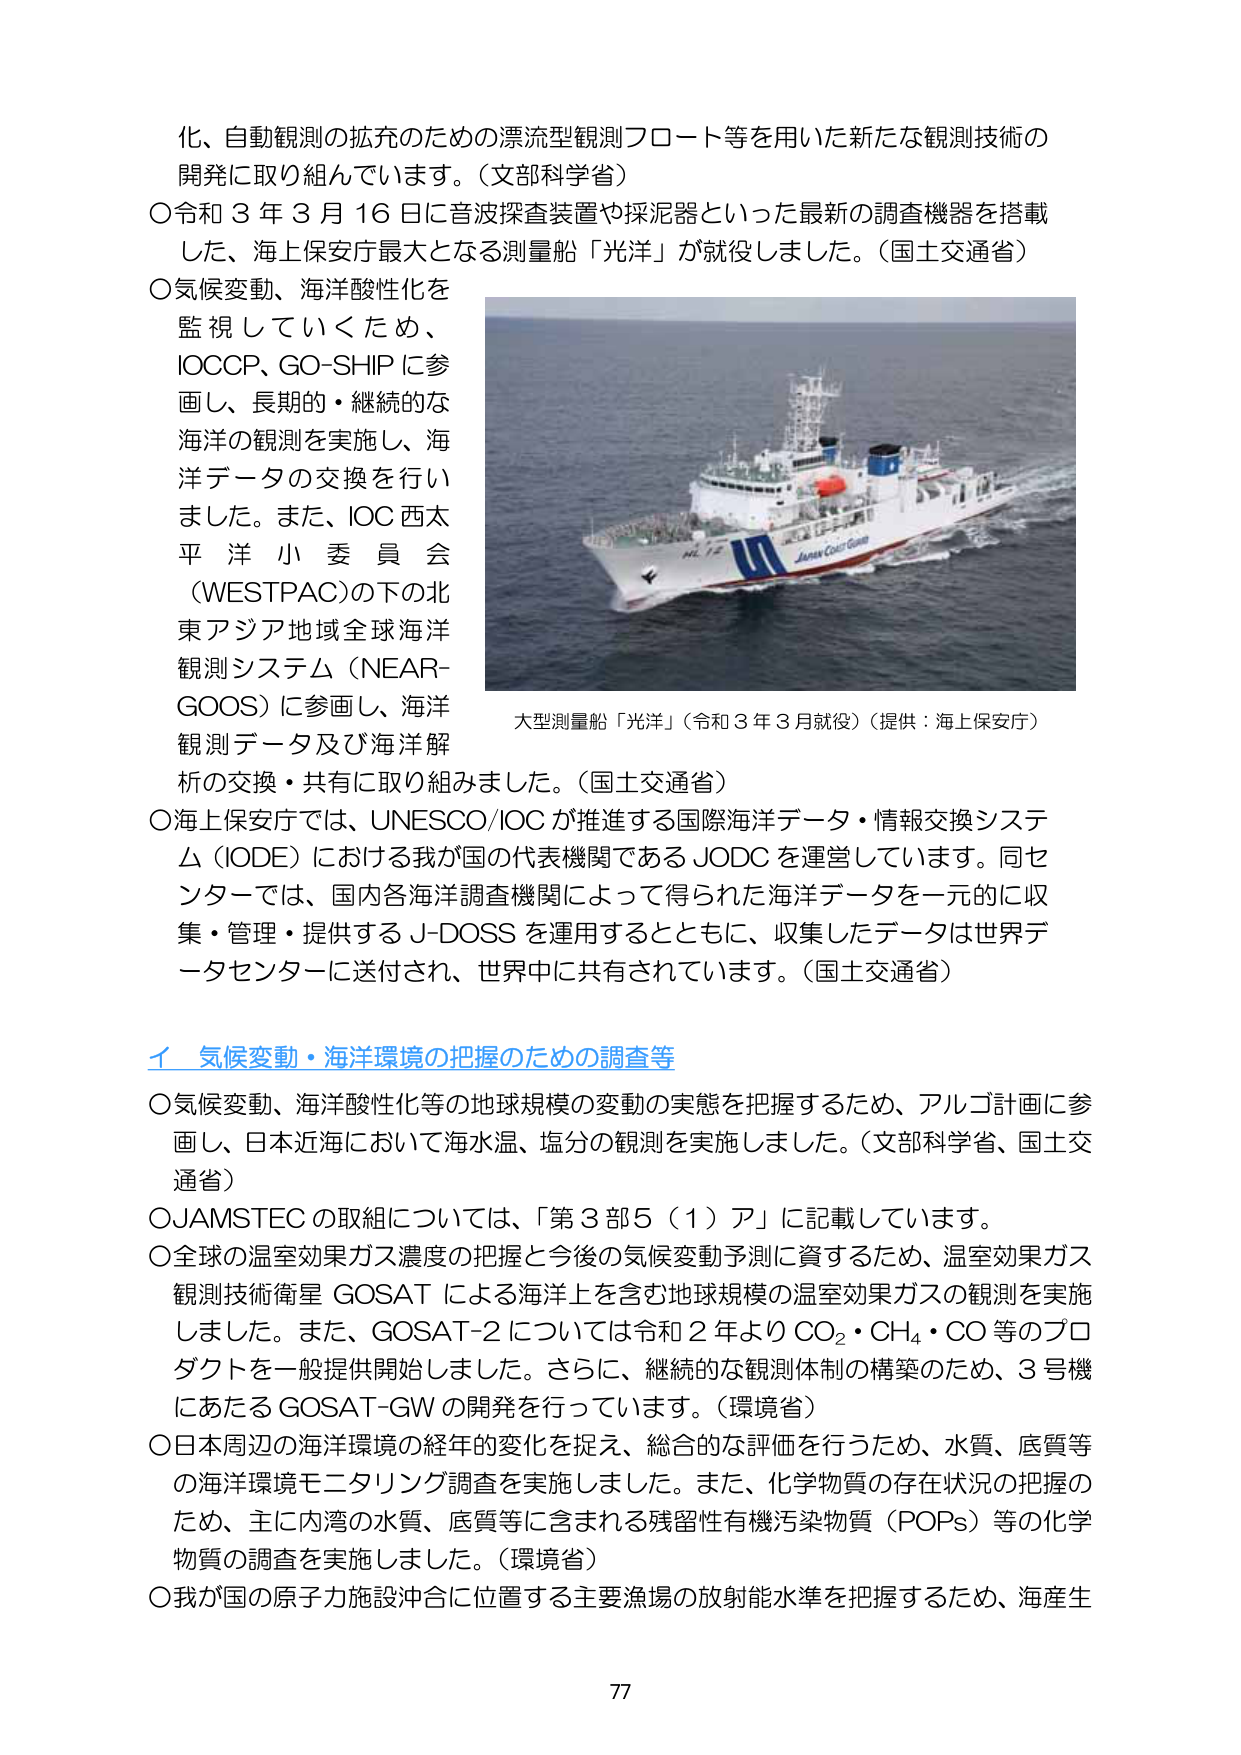
化、自動観測の拡充のための漂流型観測フロート等を用いた新たな観測技術の
開発に取り組んでいます。（文部科学省）
〇令和３年３月16日に音波探査装置や採泥器といった最新の調査機器を搭載
した、海上保安庁最大となる測量船「光洋」が就役しました。（国土交通省）
〇気候変動、海洋酸性化を
監視していくため、
IOCCP、GO-SHIPに参
画し、長期的・継続的な
海洋の観測を実施し、海
洋データの交換を行いま
した。また、IOC西太
平洋小委員会
（WESTPAC）の下の北
東アジア地域全球海洋
観測システム（NEAR-
GOOS）に参画し、海洋
観測データ及び海洋解
析の交換・共有に取り組みました。（国土交通省）
〇海上保安庁では、UNESCO/IOCが推進する国際海洋データ・情報交換システ
ム（IODE）における我が国の代表機関であるJODCを運営しています。同セ
ンターでは、国内各海洋調査機関によって得られた海洋データを一元的に収
集・管理・提供するJ-DOSSを運用するとともに、収集したデータは世界デ
ータセンターに送付され、世界中に共有されています。（国土交通省）
イ 気候変動・海洋環境の把握のための調査等
〇気候変動、海洋酸性化等の地球規模の変動の実態を把握するため、アルゴ計画に参
画し、日本近海において海水温、塩分の観測を実施しました。（文部科学省、国土交
通省）
〇JAMSTECの取組については、「第3部5（1）ア」に記載しています。
〇全球の温室効果ガス濃度の把握と今後の気候変動予測に資するため、温室効果ガス
観測技術衛星GOSATによる海洋上を含む地球規模の温室効果ガスの観測を実施
しました。また、GOSAT-2については令和2年よりCO₂・CH₄・CO等のプロ
ダクトを一般提供開始しました。さらに、継続的な観測体制の構築のため、3号機
にあたるGOSAT-GWの開発を行っています。（環境省）
〇日本周辺の海洋環境の経年的変化を捉え、総合的な評価を行うため、水質、底質等
の海洋環境モニタリング調査を実施しました。また、化学物質の存在状況の把握の
ため、主に内湾の水質、底質等に含まれる残留性有機汚染物質（POPs）等の化学
物質の調査を実施しました。（環境省）
〇我が国の原子力施設沖合に位置する主要漁場の放射能水準を把握するため、海産生
大型測量船「光洋」（令和3年3月就役）（提供：海上保安庁）
77